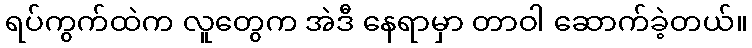
ရပ်ကွက်ထဲက လူတွေက အဲဒီ နေရာမှာ တာဝါ ဆောက်ခဲ့တယ်။